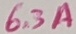
Text: 6,3A